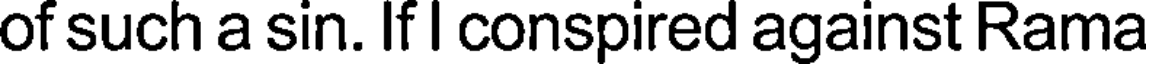
of such a sin. If I conspired against Rama